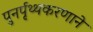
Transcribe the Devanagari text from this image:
पुनर्पृथ्थकरणाने